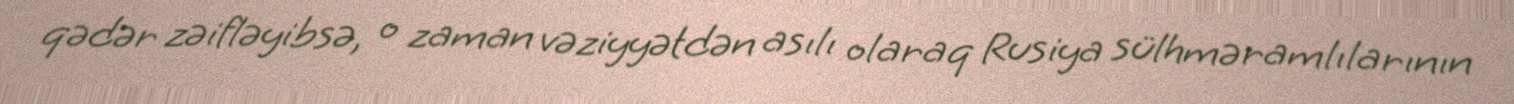
qədər zəifləyibsə, o zaman vəziyyətdən asılı olaraq Rusiya sülhməramlılarının